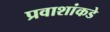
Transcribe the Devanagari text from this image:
प्रवाशांकडे